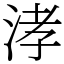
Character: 涍